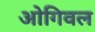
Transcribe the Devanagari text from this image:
ओगिवल